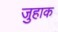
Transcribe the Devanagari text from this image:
जुहाक